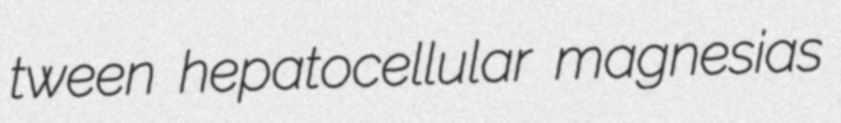
tween hepatocellular magnesias